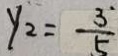
y _ { 2 } = \frac { 3 } { 5 }